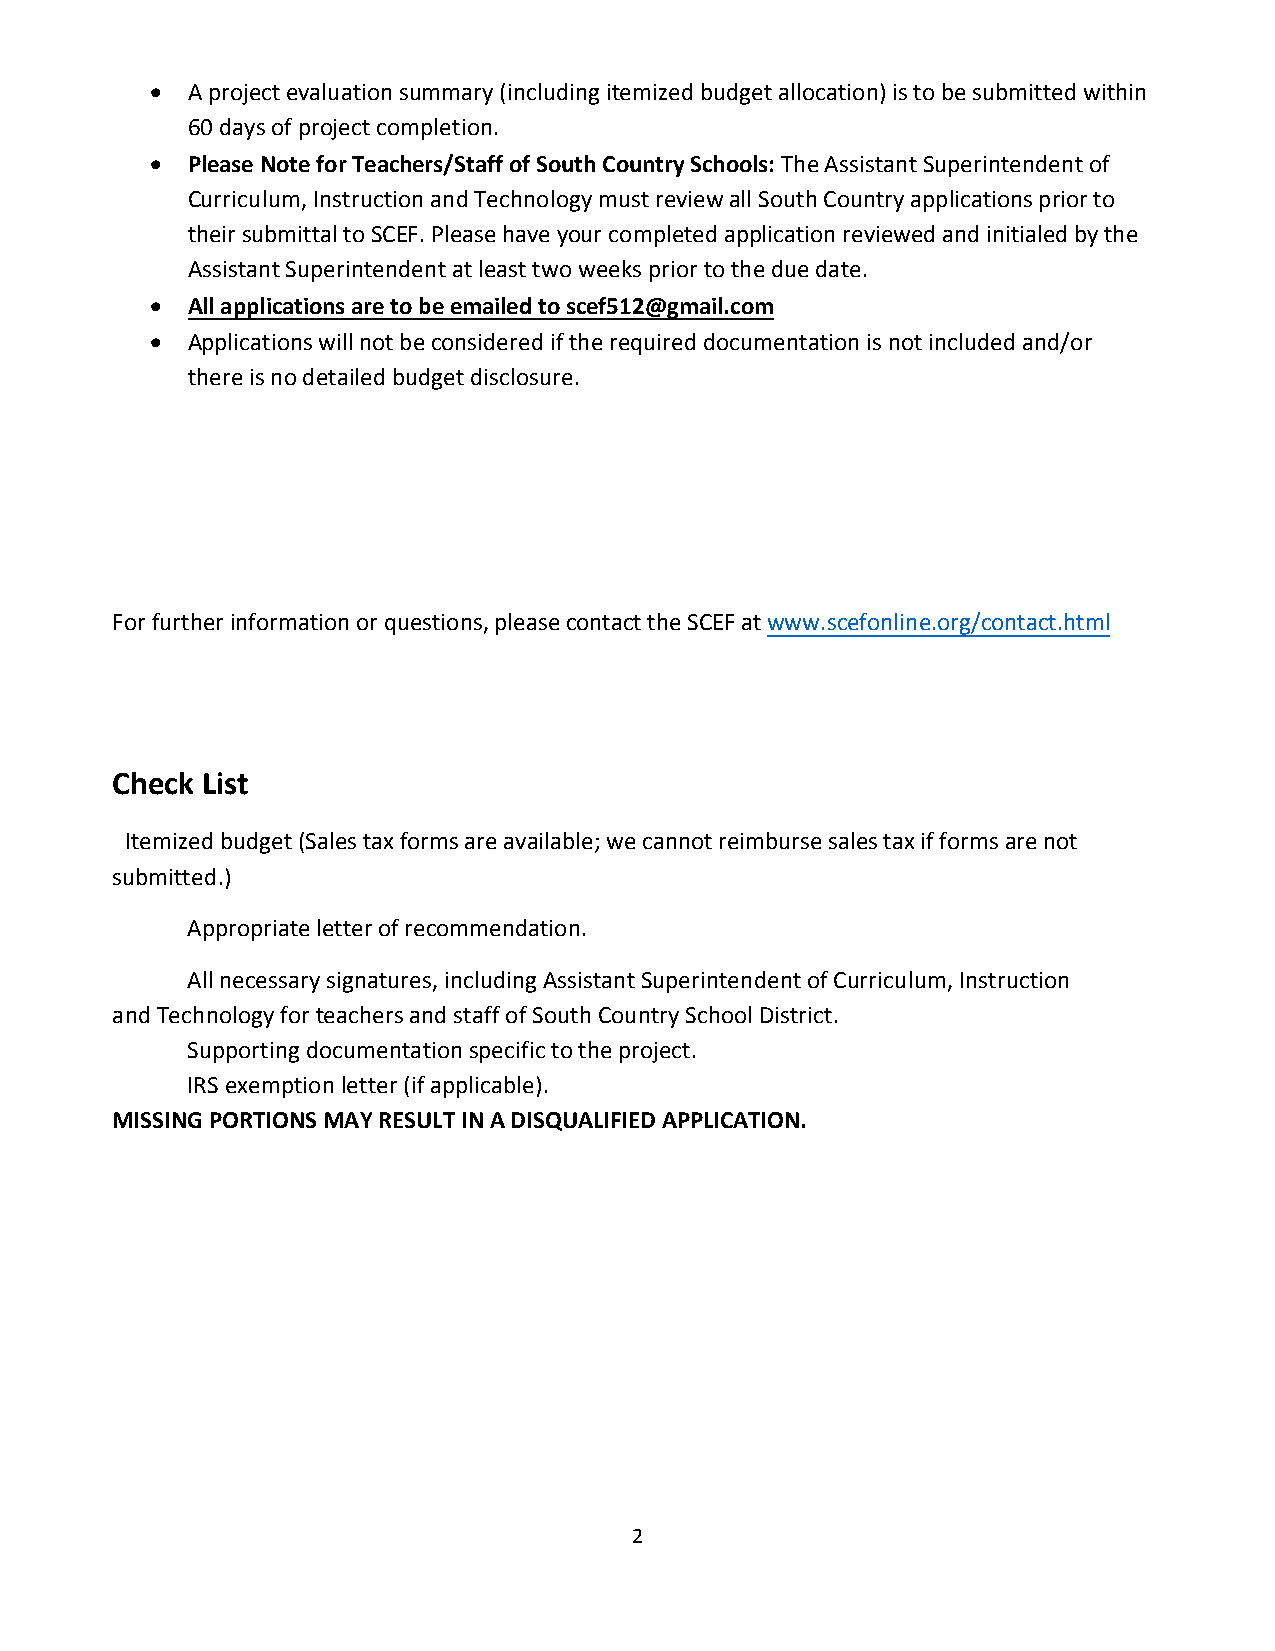
• A project evaluation summary (including itemized budget allocation) is to be submitted within
 60 days of project completion.
 • Please Note for Teachers/Staff of South Country Schools: The Assistant Superintendent of
 Curriculum, Instruction and Technology must review all South Country applications prior to
 their submittal to SCEF. Please have your completed application reviewed and initialed by the
 Assistant Superintendent at least two weeks prior to the due date.
 • All applications are to be emailed to scef512@gmail.com
 • Applications will not be considered if the required documentation is not included and/or
 there is no detailed budget disclosure.
 For further information or questions, please contact the SCEF at www.scefonline.org/contact.html
 Check List
 Itemized budget (Sales tax forms are available; we cannot reimburse sales tax if forms are not
 submitted.)
 Appropriate letter of recommendation.
 All necessary signatures, including Assistant Superintendent of Curriculum, Instruction
 and Technology for teachers and staff of South Country School District.
 Supporting documentation specific to the project.
 IRS exemption letter (if applicable).
 MISSING PORTIONS MAY RESULT IN A DISQUALIFIED APPLICATION.
 2